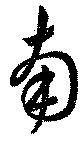
南